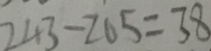
2 4 3 - 2 0 5 = 3 8